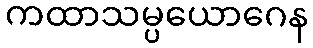
ကထာသမ္ပယောဂေန